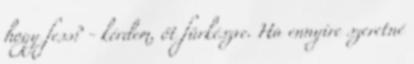
hogy fess? - kérdem, őt fürkészve. Ha ennyire szeretné